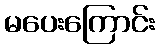
မပေးကြောင်း